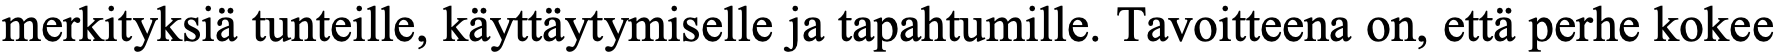
merkityksiä tunteille, käyttäytymiselle ja tapahtumille. Tavoitteena on, että perhe kokee